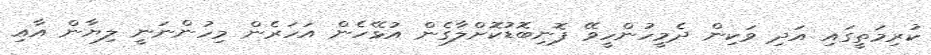
ކުރިމަތީގައި އަދި ވަކިން ދެމީހުންހީވޭ ފޮނިބޮޑުކޮށްލާގެން އުޅޭހެން އަހަރެން މިހުންނަނީ ލިޔާން އާއި